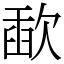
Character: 歃